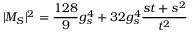
| { { \cal M } } _ { S } | ^ { 2 } = \frac { 1 2 8 } { 9 } g _ { s } ^ { 4 } + 3 2 g _ { s } ^ { 4 } \frac { s t + s ^ { 2 } } { t ^ { 2 } }